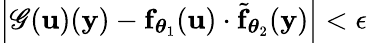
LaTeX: \left|{\cal\mathscr{G}}({\mathbf{u}})({\mathbf{y}})-{\mathbf{f}}_{\boldsymbol{\theta}_{1}}({\mathbf{u}})\cdot\tilde{{\mathbf{f}}}_{\boldsymbol{\theta}_{2}}({\mathbf{y}})\right|<\epsilon